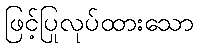
ဖြင့်ပြုလုပ်ထားသော